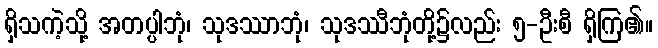
ရှိသကဲ့သို့ အတပ္ပါဘုံ၊ သုဒဿာဘုံ၊ သုဒဿီဘုံတို့၌လည်း ၅-ဦးစီ ရှိကြ၏။